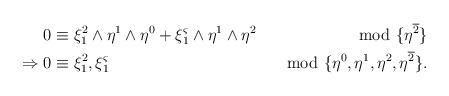
LaTeX: \begin{align*}\begin{aligned}0&\equiv\xi^2_1\wedge\eta^1\wedge\eta^0+\xi^\varsigma_1\wedge\eta^1\wedge\eta^2&\mod\{\eta^{\overline{2}}\}\\\Rightarrow 0&\equiv \xi^2_1,\xi^\varsigma_1&\mod\{\eta^0,\eta^1,\eta^2,\eta^{\overline{2}}\}.\end{aligned}\end{align*}